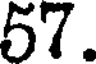
57.